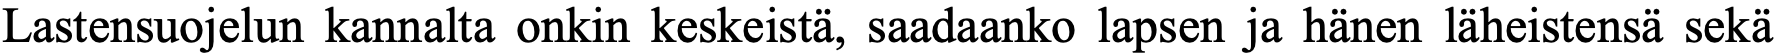
Lastensuojelun kannalta onkin keskeistä, saadaanko lapsen ja hänen läheistensä sekä